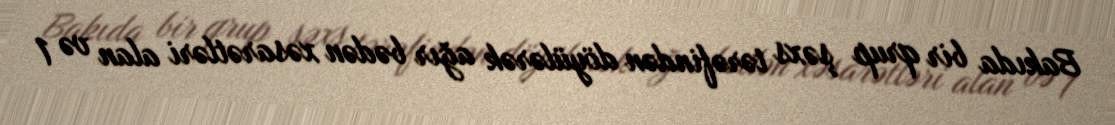
Bakıda bir qrup şəxs tərəfindən döyülərək ağır bədən xəsarətləri alan və 1